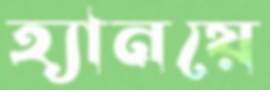
হ্যানয়ে